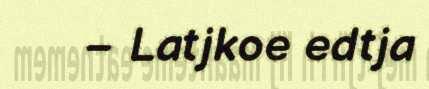
− Latjkoe edtja